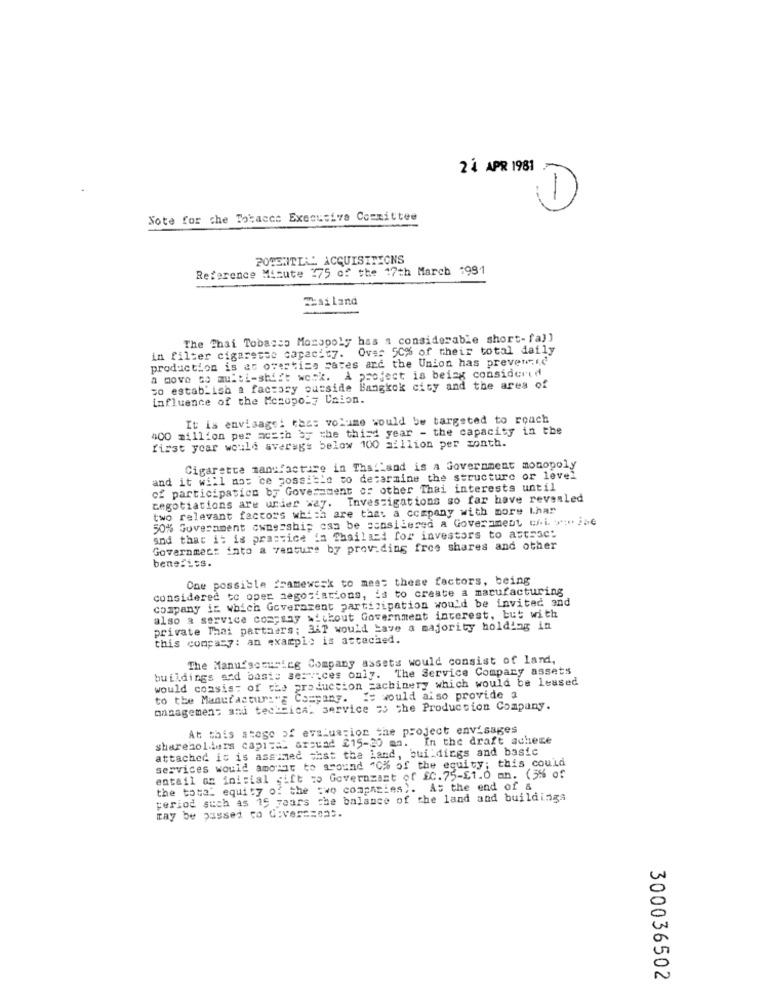
24 APR 1981
D
Note for the Tobacco Executive Committee
POTENTIAL ACQUISITIONS
Reference Micute 275 of the 17th March 1981
Thailand
The Thai Tobacco Morapoly has a considerable short-fall
in filter cigarette capacity. Over 50% of their total daily
production is et ovestize rates and the Union has prever.id
a move co multi-shift wock. A project is being considered
to establish a factory outside Bangkok city and the area of
influence of the Monopoly Caion.
It is envisage: tac: volume would be targeted to reach
400 million per ac=th by the thisd year - the capacity in the
first year would averegs below 100 million per zonth.
Cigarette manufacture in Thailand is a Government monopoly
and it will nos ce possible to determine the structure or level
of participation by Government of other Thai interests until
cegotiations are under way. Investigations so far have revealed
two relevant factors which are that a company with more Lhar
50% Government ownership can be stosilesed a Government ofi scribe
and that it is practice in Thailand for investors to astrac:
Governmet: into a venture by providing free shares and other
bene:1=s.
One possible framework to meet these factors, being
considered to oper negotiations, is to create a manufacturing
company is which Government participation would be invited and
also a service company without Government interest, but with
private Thai partaars; 3AT would have a majority holding in
this company: an example is attached.
The Manufacturing Company assets would consist of land,
buildings sed basis services only. The Service Compary assets
would consis; of the production cachinery which would be leused
to the Manufactur:"a Company. It would also provide a
managemen; and tecteica, service zo the Production Company.
At this stage of evaluation the project envisages
shareholders capital arsuad 215-20 mn. In the draft schere
attached is is assumed what the land, buildings and basic
services would amount to around "C% of the equity; this could
entail on inicial gift : Governzast of £0.75-61.0 an. (3% of
the total equity of the two companies). At the end of &
period such as 15 years che balance of the land and buildings
may be passed to Gives == ons.
300036502